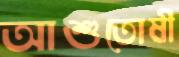
আশুতোষী